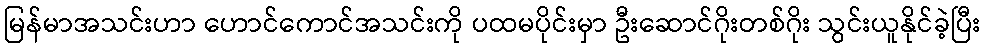
မြန်မာအသင်းဟာ ဟောင်ကောင်အသင်းကို ပထမပိုင်းမှာ ဦးဆောင်ဂိုးတစ်ဂိုး သွင်းယူနိုင်ခဲ့ပြီး